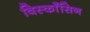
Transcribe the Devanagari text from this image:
विस्काँसिन